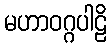
မဟာဝဂ္ဂပါဠိ